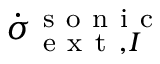
\dot { \sigma } _ { \mathrm { ~ e ~ x ~ t ~ } , I } ^ { \mathrm { ~ s ~ o ~ n ~ i ~ c ~ } }